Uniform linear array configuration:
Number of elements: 24
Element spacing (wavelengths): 0.5
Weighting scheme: binomial
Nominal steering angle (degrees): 15
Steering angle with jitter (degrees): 13.942
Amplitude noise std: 0.05
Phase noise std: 0.05

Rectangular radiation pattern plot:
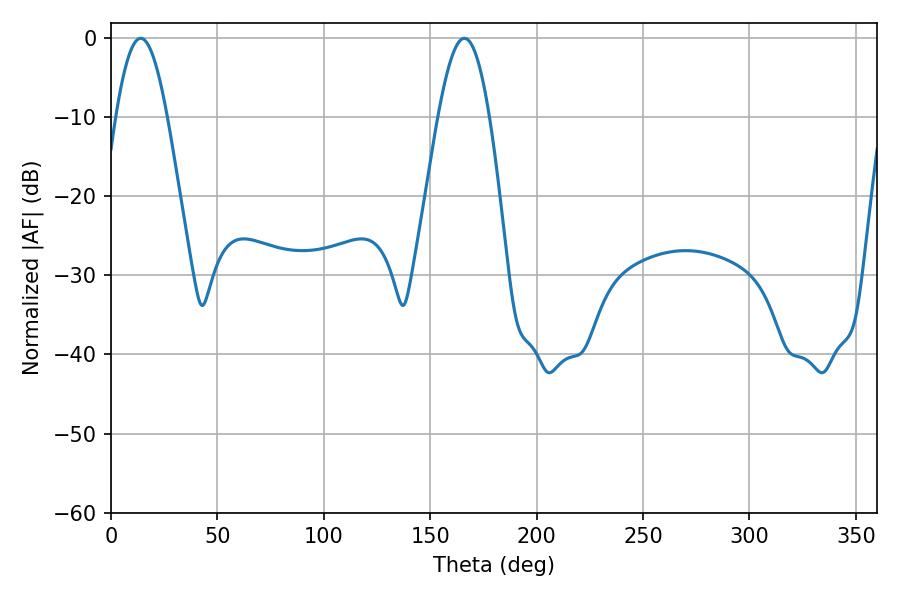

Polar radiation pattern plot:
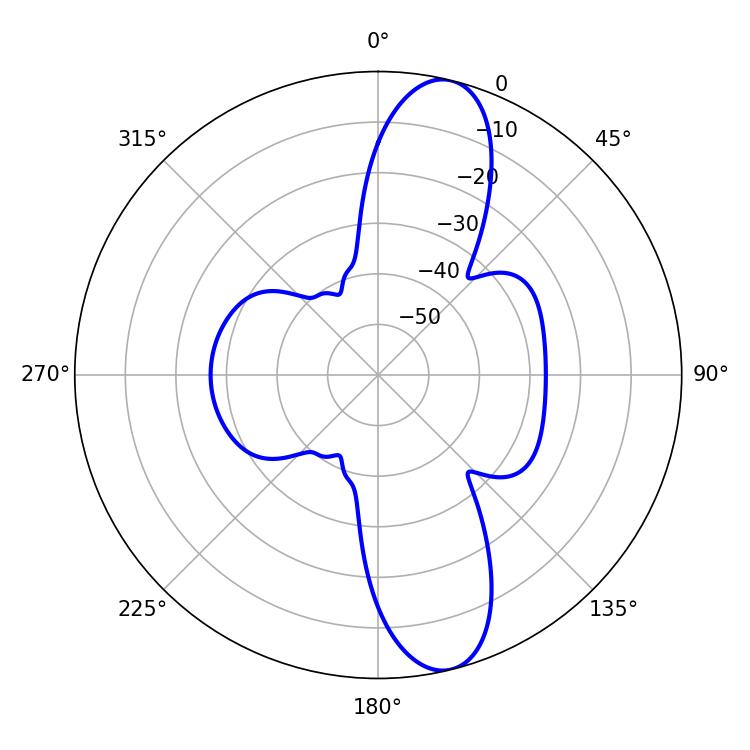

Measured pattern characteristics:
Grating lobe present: FALSE
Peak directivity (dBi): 12.146
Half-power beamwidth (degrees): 12.96
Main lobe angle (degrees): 14.04